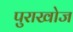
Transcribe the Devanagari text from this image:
पुराखोज